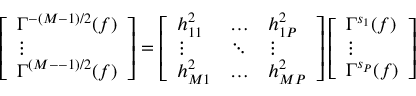
\left[ \begin{array} { l } { \Gamma ^ { - ( M { - } 1 ) / 2 } ( f ) } \\ { \vdots } \\ { \Gamma ^ { ( M { - } - 1 ) / 2 } ( f ) } \end{array} \right] = \left[ \begin{array} { l l l } { h _ { 1 1 } ^ { 2 } } & { \hdots } & { h _ { 1 P } ^ { 2 } } \\ { \vdots } & { \ddots } & { \vdots } \\ { h _ { M 1 } ^ { 2 } } & { \hdots } & { h _ { M P } ^ { 2 } } \end{array} \right] \left[ \begin{array} { l } { \Gamma ^ { s _ { 1 } } ( f ) } \\ { \vdots } \\ { \Gamma ^ { s _ { P } } ( f ) } \end{array} \right]